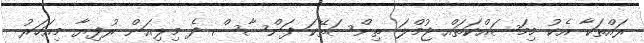
ރައްތަކާ އެކު މިމަސައްކަތައް ޖުމްލަ ތިންސަތޭކަ ފަންސާސް ދެ މިލިއަން ރުފިޔާ މިއަހަރު